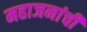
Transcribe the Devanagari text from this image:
महाजनांची